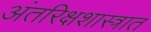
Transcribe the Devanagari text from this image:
अंतरिक्षशास्त्रात